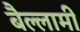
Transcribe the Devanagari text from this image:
बैल्लामी